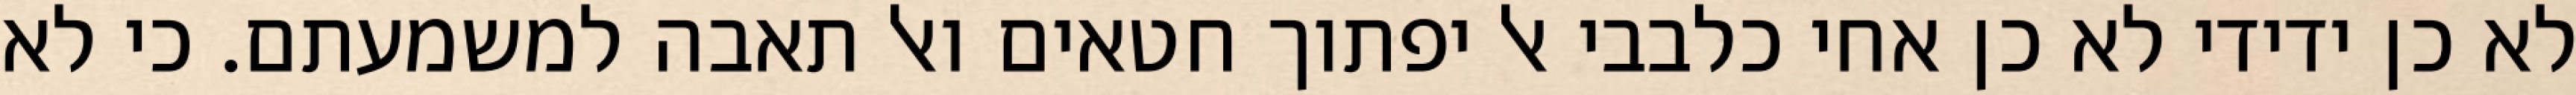
לא כן ידידי לא כן אחי כלבבי אל יפתוך חטאים ואל תאבה למשמעתם. כי לא